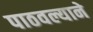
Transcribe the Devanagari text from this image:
पाठवल्याने